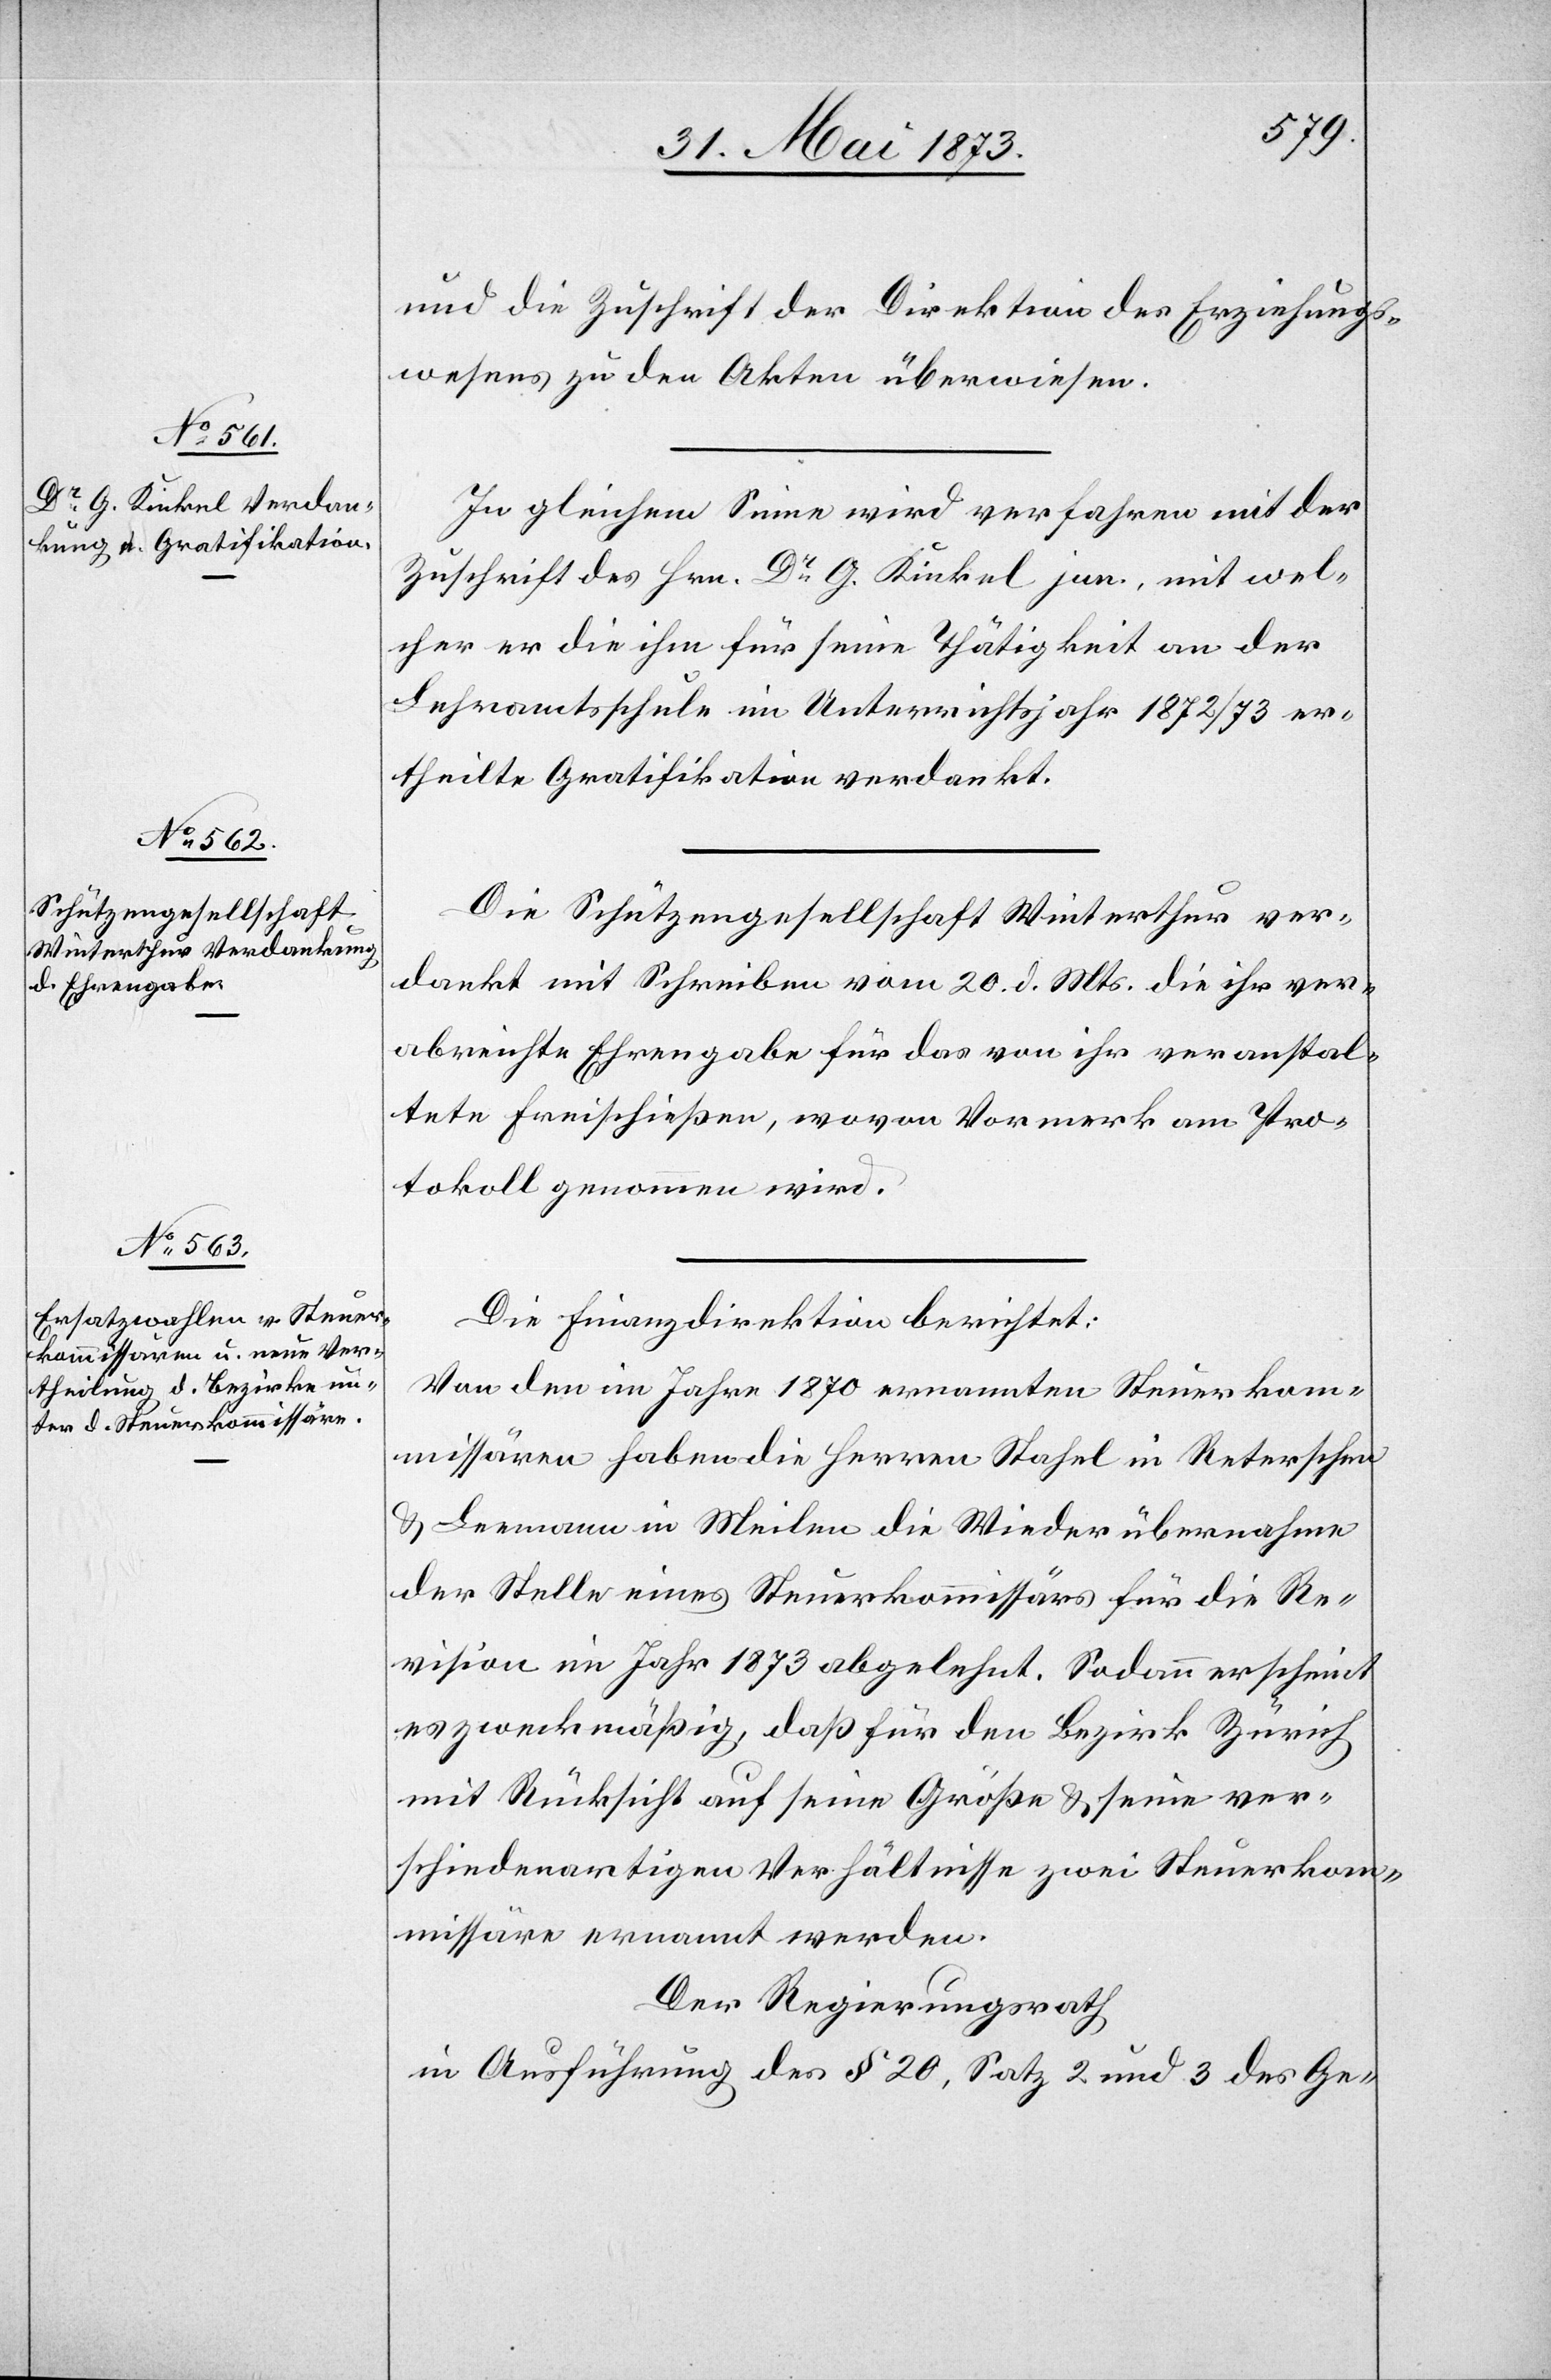
und die Zuschrift der Direktion der Erziehungs¬
wesens zu den Akten überwiesen.
In gleichem Sinne wird verfahren mit der
Zuschrift des Hrn. Dr G. Kinkel jun., mit wel¬
cher er die ihm für seine Thätigkeit an der
Lehramtsschule im Unterrichtsjahr 1872/73 er¬
theilte Gratifikation verdankt.
Die Schützengesellschaft Winterthur ver¬
dankt mit Schreiben vom 20. d. Mts. die ihr ver¬
abreichte Ehrengabe für das von ihr veranstal¬
tete Freischießen, wovon Vormerk am Pro¬
tokoll genommen wird.
Die Finanzdirektion berichtet:
Von den im Jahre 1870 ernannten Steuerkom¬
missären haben die Herren Stahel in Reterschen
& Leemann in Meilen die Wiederübernahme
der Stelle eines Steuerkommissärs für die Re¬
vision im Jahr 1873 abgelehnt. Sodann erscheint
es zweckmäßig, daß für den Bezirk Zürich
mit Rücksicht auf seine Größe & seine ver¬
schiedenartigen Verhältnisse zwei Steuerkom¬
missäre ernannt werden.
Der Regierungsrath
in Ausführung des § 20, Satz 2 und 3 des Ge-